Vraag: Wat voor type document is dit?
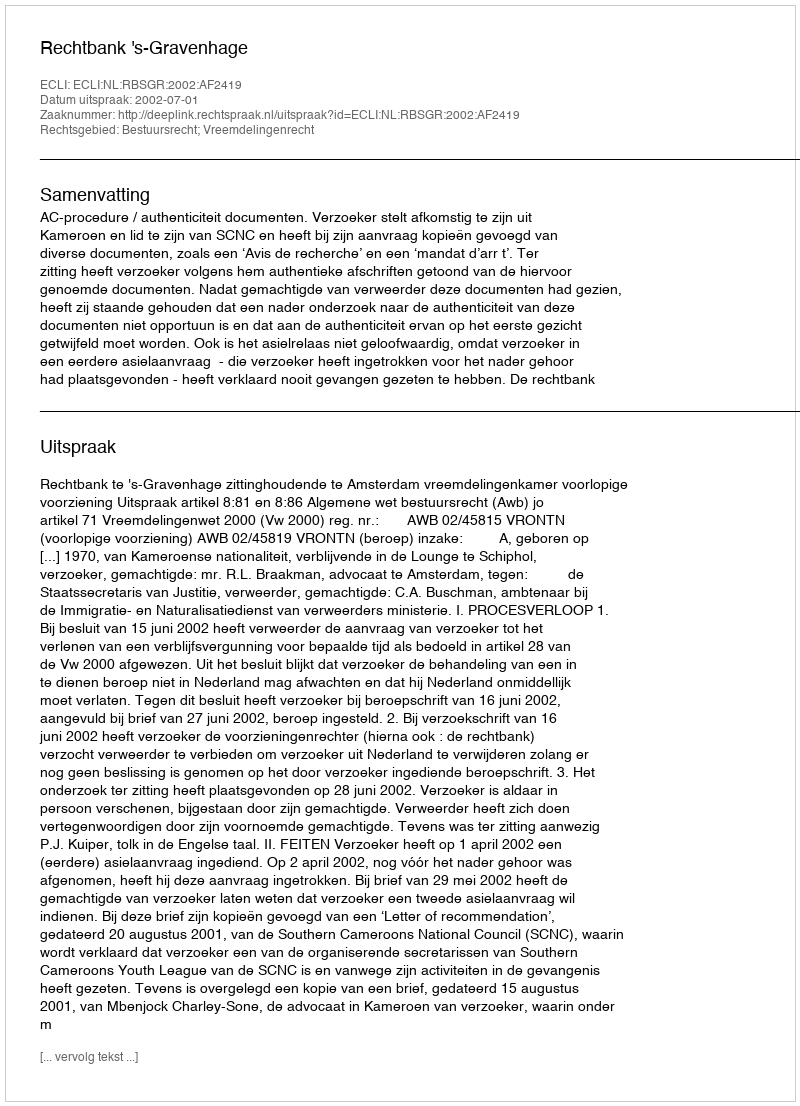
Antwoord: Uitspraak